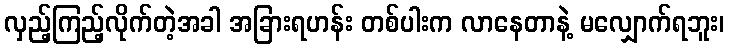
လှည့်ကြည့်လိုက်တဲ့အခါ အခြားရဟန်း တစ်ပါးက လာနေတာနဲ့ မလျှောက်ရဘူး၊